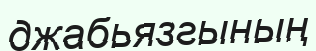
джабьязгының